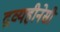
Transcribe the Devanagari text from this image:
द्रव्यहीनेसी